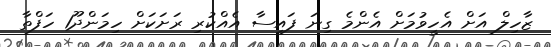
ޒާހިލް އަށް އެހީވުމަށް އެންމެ ގިނަ ފައިސާ އެއްކުރި ރަށަކަށް ހިމަންދޫ1 ހަފްތާ